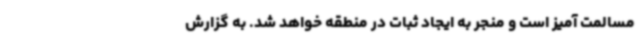
مسالمت آمیز است و منجر به ایجاد ثبات در منطقه خواهد شد. به گزارش